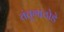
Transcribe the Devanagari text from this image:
तंतूगाठोडे